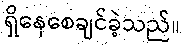
ရှိနေစေချင်ခဲ့သည်။